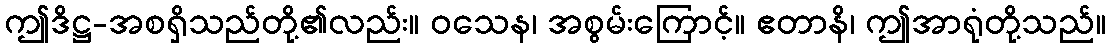
ဤဒိဋ္ဌ-အစရှိသည်တို့၏လည်း။ ဝသေန၊ အစွမ်းကြောင့်။ ဧတာနိ၊ ဤအာရုံတို့သည်။